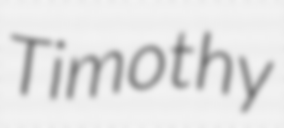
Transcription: Timothy